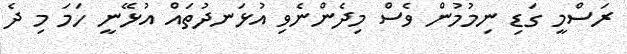
ރަސްމީ ގަޑި ނިމުމުން ވެސް މިދެންނެވި އުޅަނދުތައް އުޅޭނީ ހަމަ މި ދެ